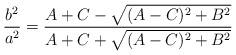
LaTeX: \begin{align*}\dfrac{b^{2}}{a^{2}}=\dfrac{A+C-\sqrt{(A-C)^{2}+B^{2}}}{A+C+\sqrt{(A-C)^{2}+B^{2}}} \end{align*}